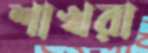
শাখরা